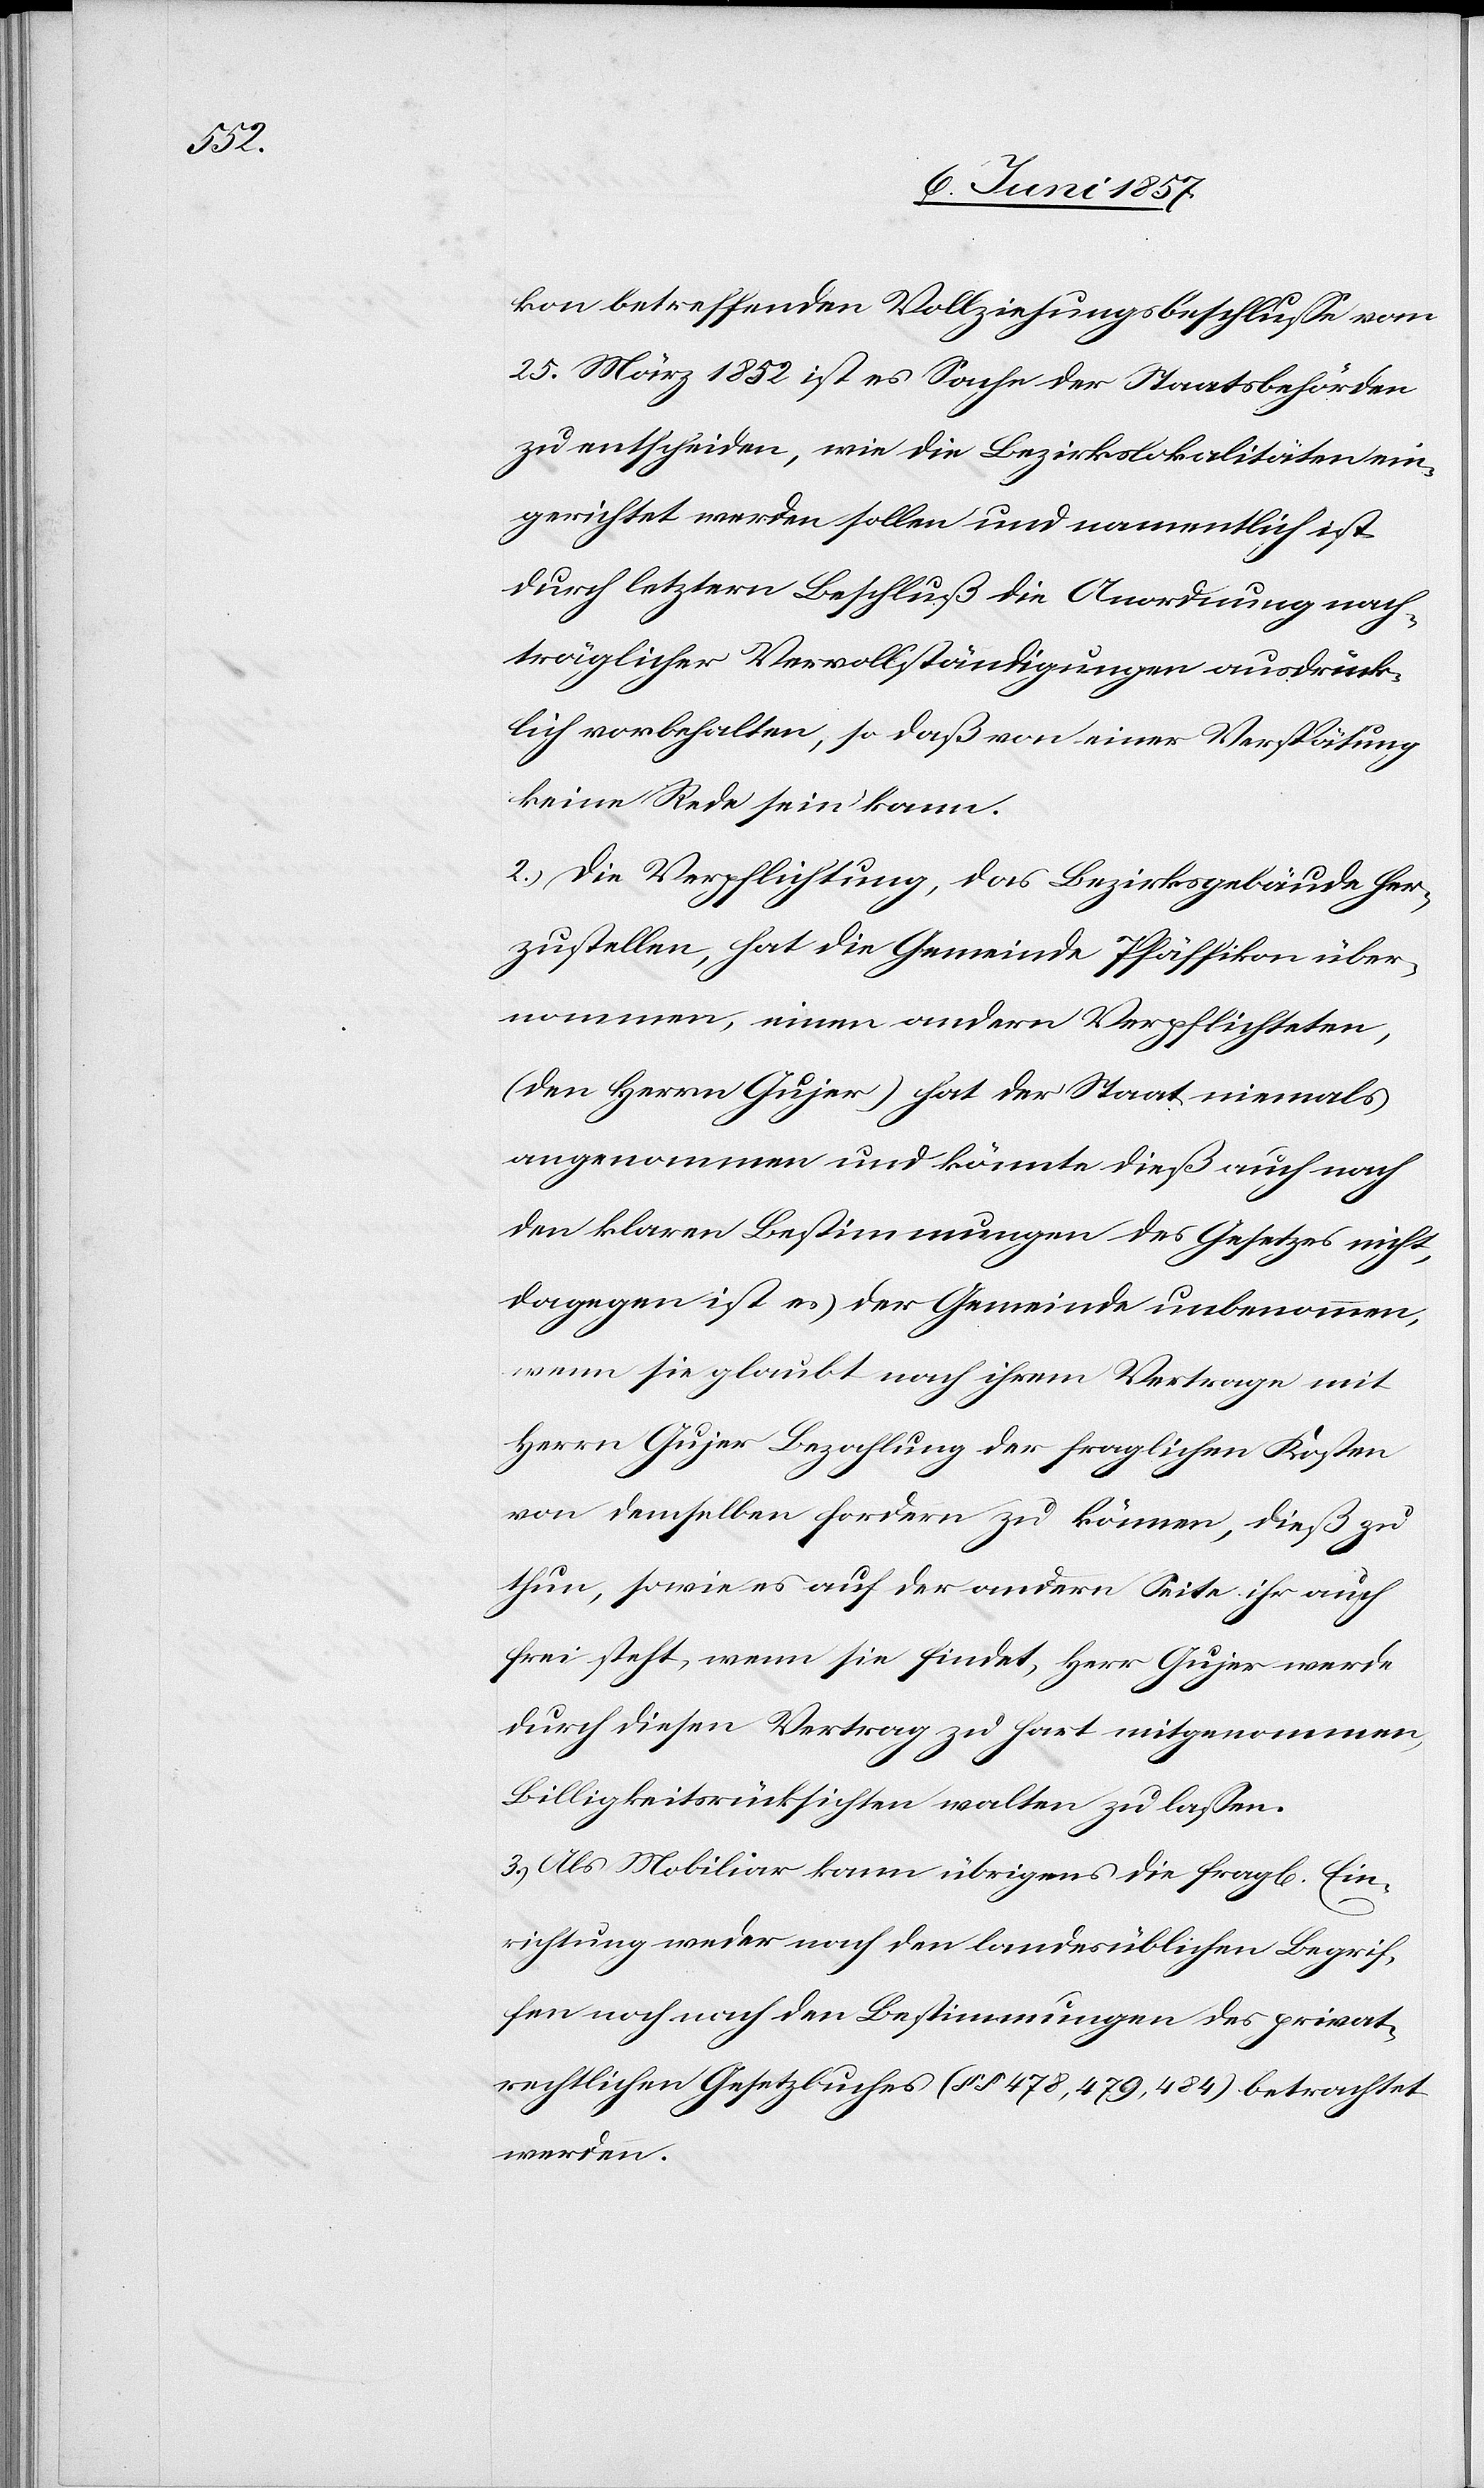
kon betreffenden Vollziehungsbeschluße vom
25 März 1852 ist es Sache der Staatsbehörden
zu entscheiden, wie die Bezirkslokalitäten ein¬
gerichtet werden sollen und namentlich ist
durch letztern Beschluß die Anordnung nach¬
träglicher Vervollständigungen ausdrück¬
lich vorbehalten, so daß von einer Verspätung
keine Rede sein kann.
2.) Die Verpflichtung, das Bezirksgebäude her¬
zustellen, hat die Gemeinde Pfäffikon über¬
nommen, einen andern Verpflichteten,
(den Herrn Gujer) hat der Staat niemals
angenommen und könnte dieß auch nach
den klaren Bestimmungen des Gesetzes nicht,
dagegen ist es der Gemeinde unbenommen,
wenn sie glaubt nach ihrem Vertrage mit
Herrn Gujer Bezahlung der fraglichen Kosten
von demselben fordern zu können, dieß zu
thun, sowie es auf der andern Seite ihr auch
frei steht, wenn sie findet, Herr Gujer werde
durch diesen Vertrag zu hart mitgenommen,
Billigkeitsrücksichten walten zu lassen.
3.) Als Mobiliar kann übrigens die fragl[iche] Ein¬
richtung weder nach den landesüblichen Begrif¬
fen noch nach den Bestimmungen des privat¬
rechtlichen Gesetzbuches (§§ 478,479,484) betrachtet
werden.